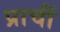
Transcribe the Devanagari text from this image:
प्राचीं